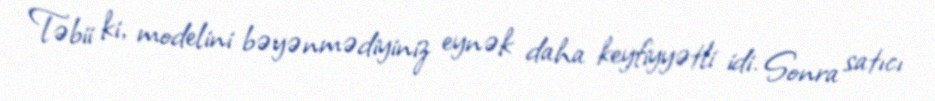
Təbii ki, modelini bəyənmədiyiniz eynək daha keyfiyyətli idi. Sonra satıcı